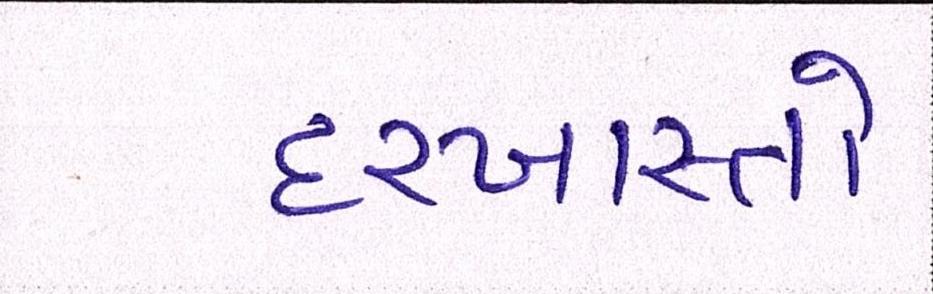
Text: દરખાસ્તો